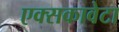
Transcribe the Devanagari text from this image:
एक्सकावेटा